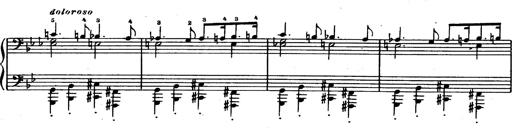
Title: Trauervorspiel und Trauermarsch
Composer: Franz Liszt